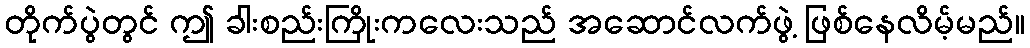
တိုက်ပွဲတွင် ဤ ခါးစည်းကြိုးကလေးသည် အဆောင်လက်ဖွဲ့ ဖြစ်နေလိမ့်မည်။